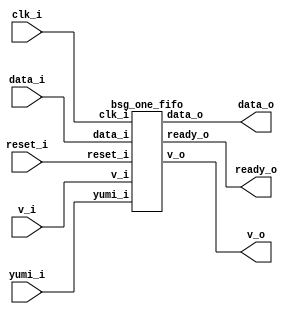


module top
(
  clk_i,
  reset_i,
  ready_o,
  data_i,
  v_i,
  v_o,
  data_o,
  yumi_i
);

  input [15:0] data_i;
  output [15:0] data_o;
  input clk_i;
  input reset_i;
  input v_i;
  input yumi_i;
  output ready_o;
  output v_o;

  bsg_one_fifo
  wrapper
  (
    .data_i(data_i),
    .data_o(data_o),
    .clk_i(clk_i),
    .reset_i(reset_i),
    .v_i(v_i),
    .yumi_i(yumi_i),
    .ready_o(ready_o),
    .v_o(v_o)
  );


endmodule



module bsg_dff_reset_width_p1
(
  clk_i,
  reset_i,
  data_i,
  data_o
);

  input [0:0] data_i;
  output [0:0] data_o;
  input clk_i;
  input reset_i;
  wire N0,N1,N2,N3;
  reg [0:0] data_o;
  assign N3 = (N0)? 1'b0 : 
              (N1)? data_i[0] : 1'b0;
  assign N0 = reset_i;
  assign N1 = N2;
  assign N2 = ~reset_i;

  always @(posedge clk_i) begin
    if(1'b1) begin
      { data_o[0:0] } <= { N3 };
    end 
  end


endmodule



module bsg_dff_en_width_p16_harden_p0
(
  clk_i,
  data_i,
  en_i,
  data_o
);

  input [15:0] data_i;
  output [15:0] data_o;
  input clk_i;
  input en_i;
  reg [15:0] data_o;

  always @(posedge clk_i) begin
    if(en_i) begin
      { data_o[15:0] } <= { data_i[15:0] };
    end 
  end


endmodule



module bsg_one_fifo
(
  clk_i,
  reset_i,
  ready_o,
  data_i,
  v_i,
  v_o,
  data_o,
  yumi_i
);

  input [15:0] data_i;
  output [15:0] data_o;
  input clk_i;
  input reset_i;
  input v_i;
  input yumi_i;
  output ready_o;
  output v_o;
  wire [15:0] data_o;
  wire ready_o,v_o,N0,N1,n_0_net_,N2,N3,n_1_net_;

  bsg_dff_reset_width_p1
  dff_full
  (
    .clk_i(clk_i),
    .reset_i(reset_i),
    .data_i(n_0_net_),
    .data_o(v_o)
  );


  bsg_dff_en_width_p16_harden_p0
  dff
  (
    .clk_i(clk_i),
    .data_i(data_i),
    .en_i(n_1_net_),
    .data_o(data_o)
  );

  assign n_0_net_ = (N0)? N3 : 
                    (N1)? v_i : 1'b0;
  assign N0 = v_o;
  assign N1 = N2;
  assign ready_o = ~v_o;
  assign N2 = ~v_o;
  assign N3 = ~yumi_i;
  assign n_1_net_ = v_i & ready_o;

endmodule